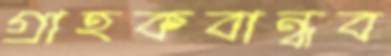
গ্রাহকবান্ধব